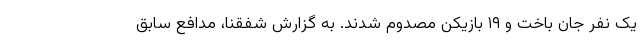
یک نفر جان باخت و ۱۹ بازیکن مصدوم شدند. به گزارش شفقنا، مدافع سابق